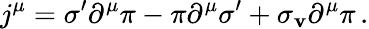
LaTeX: j^{\mu}=\sigma^{\prime}\partial^{\mu}\pi-\pi\partial^{\mu}\sigma^{\prime}+\sigma_{\mathbf{v}}\partial^{\mu}\pi\, .